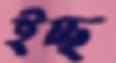
ইচ্ছ